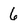
Character: 6